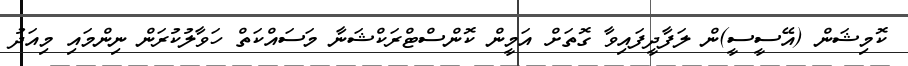
ކޮމިޝަން (އޭސީސީ)ން ލަފާދީފައިވާ ގޮތަށް އަމީން ކޮންސްޓްރަކްޝަނާ މަސައްކަތް ހަވާލުކުރަން ނިންމައި މިއަދު